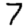
Digit: 7